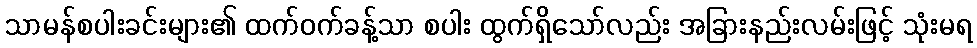
သာမန်စပါးခင်းများ၏ ထက်ဝက်ခန့်သာ စပါး ထွက်ရှိသော်လည်း အခြားနည်းလမ်းဖြင့် သုံးမရ